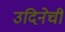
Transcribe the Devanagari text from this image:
उदिनेची